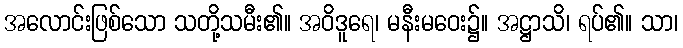
အလောင်းဖြစ်သော သတို့သမီး၏။ အဝိဒူရေ၊ မနီးမဝေး၌။ အဋ္ဌာသိ၊ ရပ်၏။ သာ၊